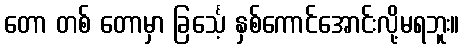
တော တစ် တောမှာ ခြင်္သေ့ နှစ်ကောင်အောင်းလို့မရဘူး။